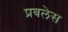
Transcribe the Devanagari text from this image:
प्रबलेस